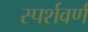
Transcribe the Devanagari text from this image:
स्पर्शवर्ण